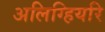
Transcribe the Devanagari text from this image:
अलिग्हियरि